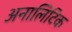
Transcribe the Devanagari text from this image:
अनालिटिक